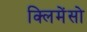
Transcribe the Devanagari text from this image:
क्लिमेंसो